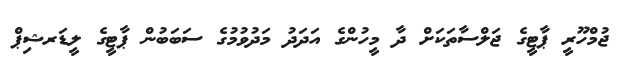
ޖުމްހޫރީ ޕާޓީގެ ޖަލްސާތަކަށް ދާ މީހުންގެ އަދަދު މަދުވުމުގެ ސަބަބުން ޕާޓީގެ ލީޑަރޝިޕް